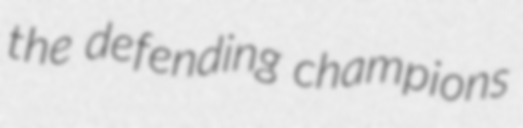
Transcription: the defending champions